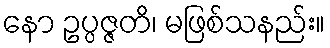
နော ဥပ္ပဇ္ဇတိ၊ မဖြစ်သနည်း။